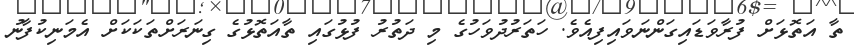
ތާ އަތޮޅަށް ފުރާވަޑައިގަންނަވައިފިއެވެ. ހަތަރުދުވަހުގެ މި ދަތުރު ފުޅުގައި ތާއަތޮޅުގެ ގިނަރަށްތަކަކަށް އެމަނިކުފާނު